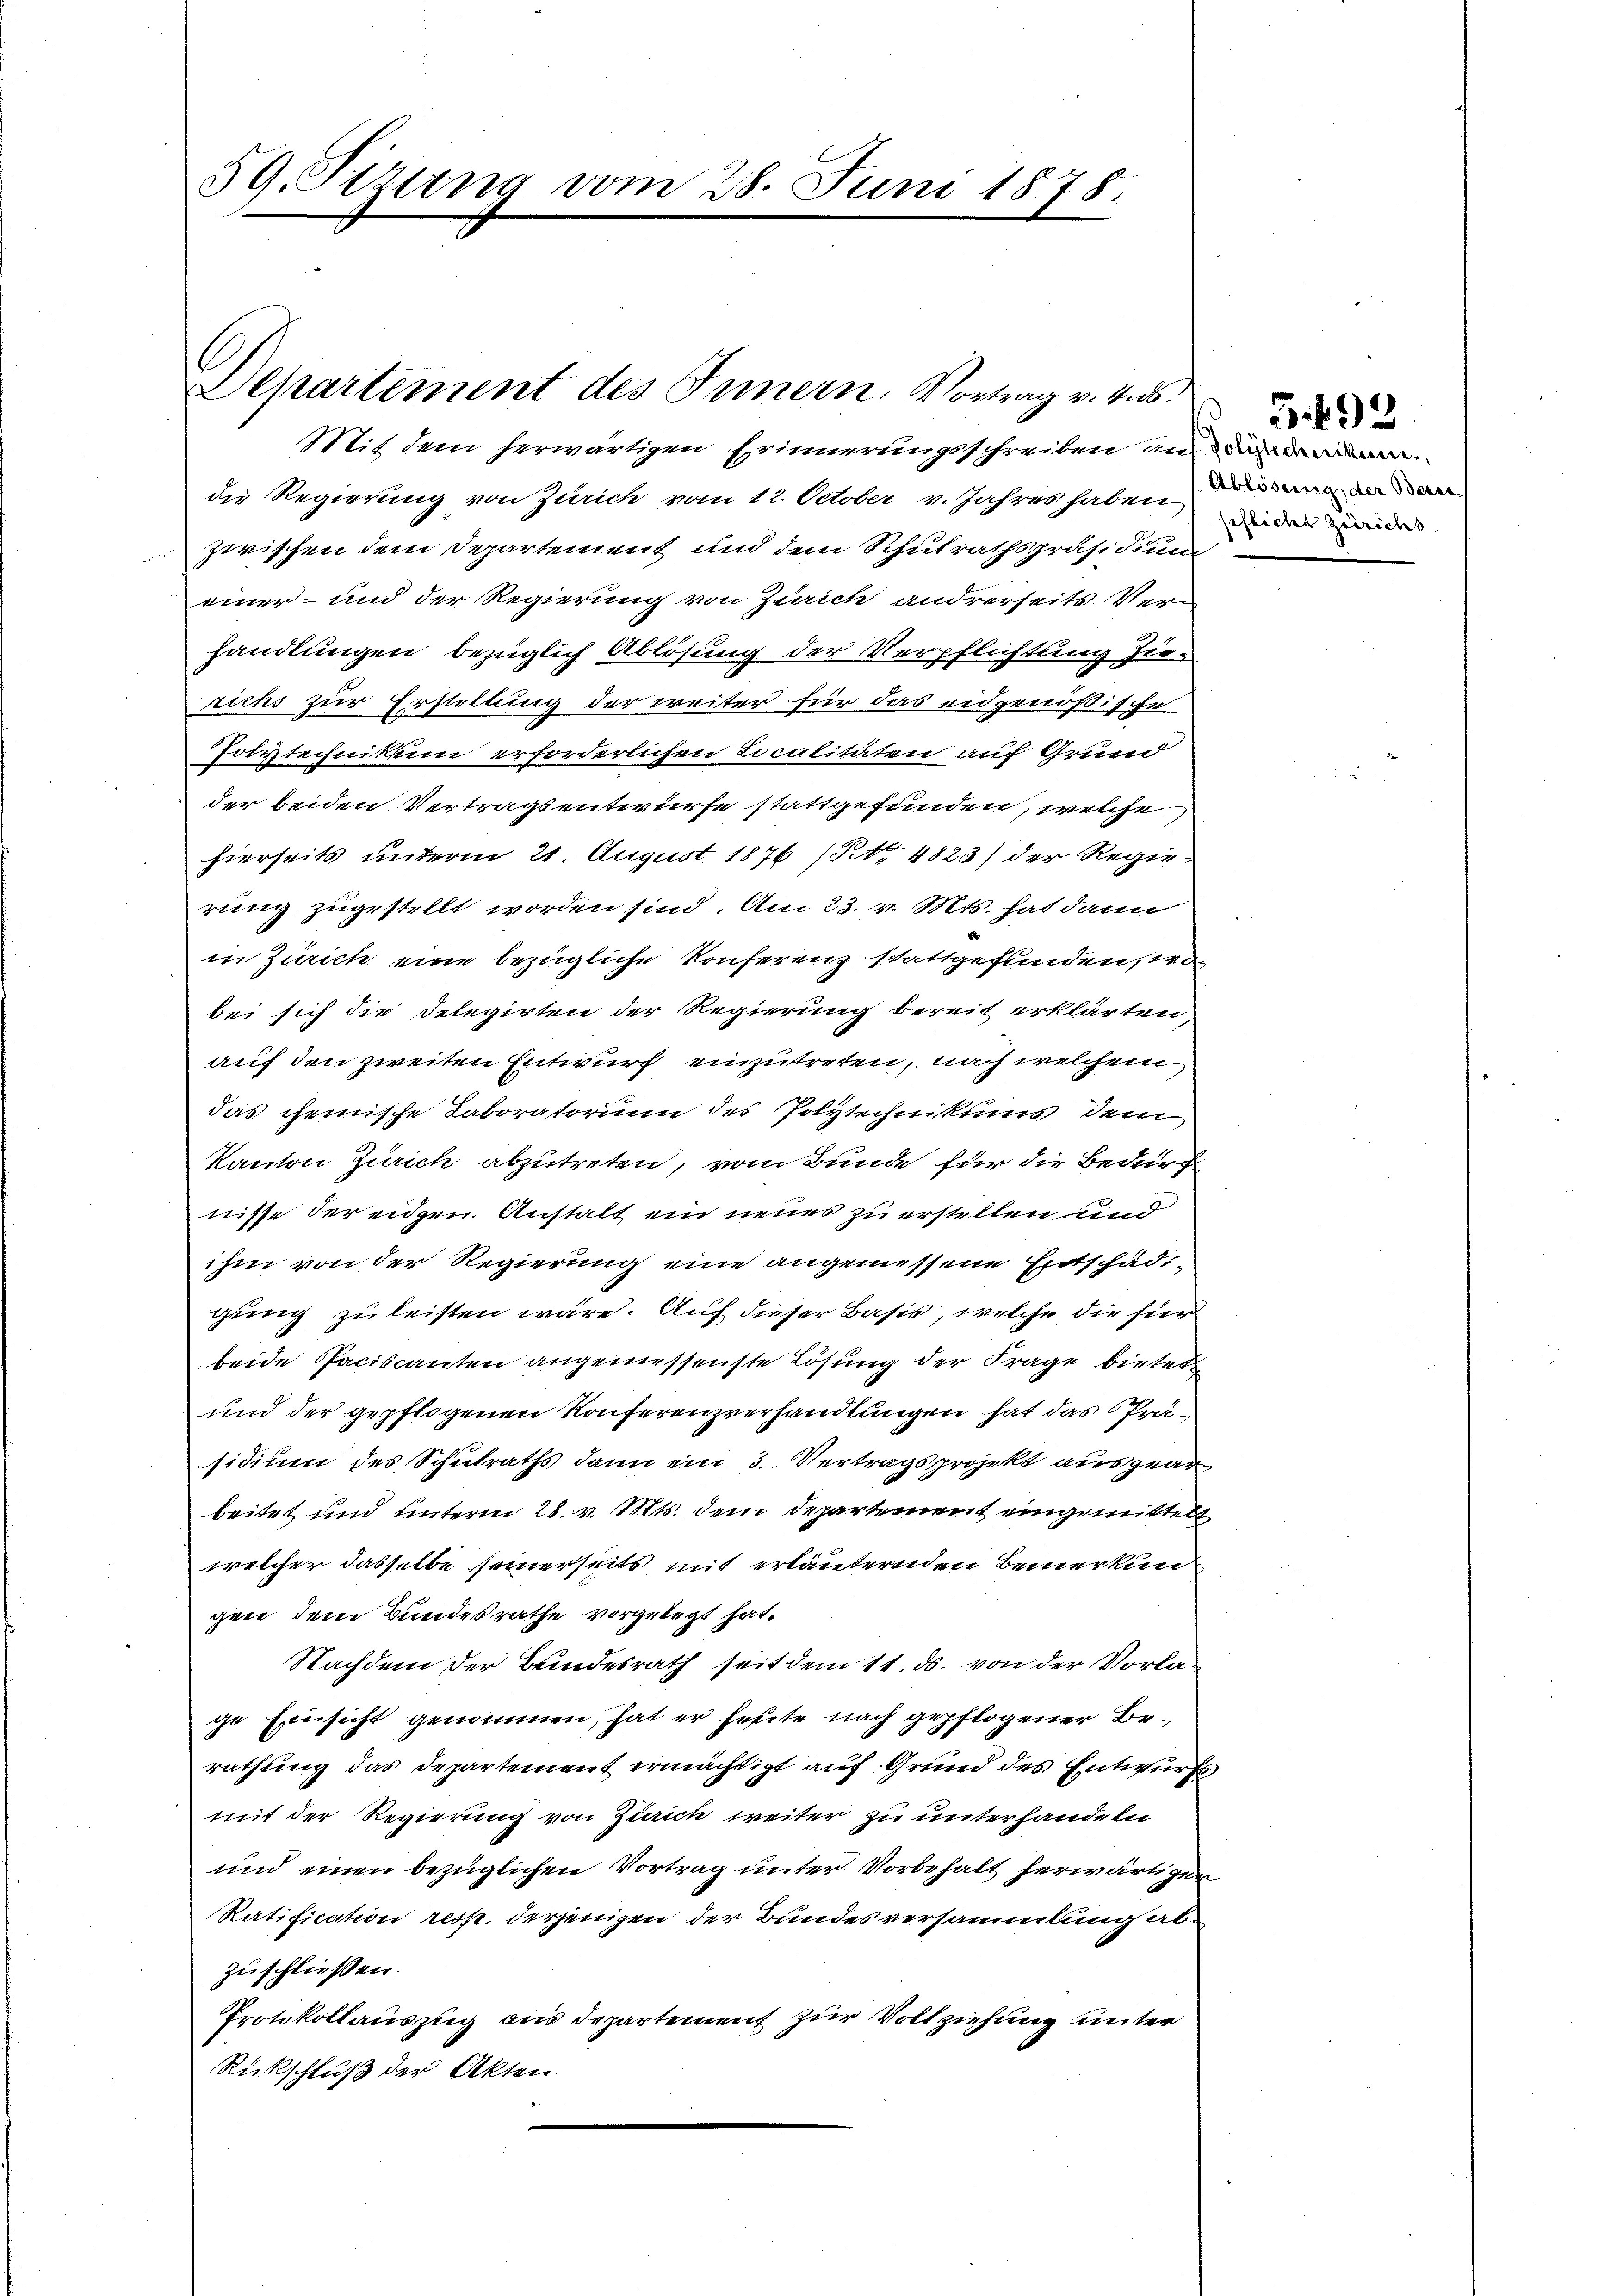
59. Sizung vom 28. Juni 1878.

Departement des Innern, Vortrag v. 4. ds.

Mit dem herwärtigen Erinnerungsschreiben an dan
die Regierung von Zürich vom 12. October v. Jahres haben
zwischen dem Departement und dem Schulrathspräsidium
einer- und der Regierung von Zürich andrerseits Verhandlungen bezüglich Ablösung der Verpflichtung zierichs zur Erstellung der weiter für das eidgenößische
Polytechnikum erforderlichen Localitäten auf Grund
der beiden Vertragsentwürfe stattgefunden, welche
hierseits unterm 21. August 1876 (Tit. 4823) der Regierung zugestellt worden sind. Am 23. v. Mts. hat dann
in Zürich eine bezügliche Konferenz stattgefunden, tro
bei sich die Delegirten der Regierung bereit erklärten,
auf den zweiten Entwurf einzutreten, nach welchem
das chemische Taboratorium des Polytechnikums, dem
Kanton Zürich abzutreten, vom Bunde für die Bedürf
nisse der eidgen. Anstalt ein neues zu erstellen und
ihm von der Regierung eine angemessene Entschädigung zu leisten wäre. Auf dieser Basis, welche die für
beide Paciscanten angemessenste Lösung der Frage bietet
und der gepflogenen Konferenzverhandlungen hat das Präsidium des Schulraths dann ein 3. Vertragsprojekt ausgearbeitet und unterm 28. v. Mts. dem Departement eingemittelt
welcher dasselbe seinerseits mit erläuternden Bemerkun
gen dem Bundesrathe vorgelegt hat.
Nachdem der Bundesrath seit dem 11. ds. von der Vorlage Einsicht genommen, hat er heute nach gepflogener Berathung das Departement ermächtigt auf Grund des Entwurfs
mit der Regierung von Zürich weiter zu unterhandeln
und einen bezüglichen Vortrag unter Vorbehalt herwärtigen
Ratification resp. derjenigen der Bundesversammlung ab
zuschließen.
Protokollauszug aus Departement zur Vollziehung unter
Rückschluß der Akten.

Ablösung der Bera
seflichet zeiriches.

5. 492